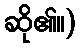
ဆို၏။)